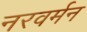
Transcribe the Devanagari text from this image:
नरवर्मन